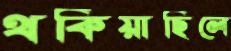
থকিয়াছিলে